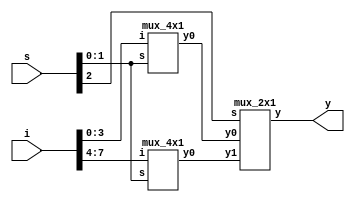
`timescale 1ns / 1ps

module mux8x1_4x1(
    output y,
    input [7:0]i,
    input [2:0]s
    );
    mux_4x1 m1(y0,i[3:0],s[1:0]);
    mux_4x1 m2(y1,i[7:4],s[1:0]);
    mux_2x1 m3(y,y0,y1,s[2]);
endmodule

module mux_4x1(
    output y0,
    input [3:0]i,
    input [1:0]s
    );
    wire w1,w2,a,b,c,d;
    
    not n1(w1,s[1]);
    not n2(w2,s[0]);
    and a1(a,w1,w2,i[0]);
    and a2(b,w1,s[0],i[1]);
    and a3(c,s[1],w2,i[2]);
    and a4(d,s[1],s[0],i[3]);
    or o1(y0,a,b,c,d);
endmodule

module mux_2x1(
    output y,
    input y0,y1,
    input s
    );
    wire w,a,b;

    not n1(w, s);
    and a1(a,w,y0);
    and a2(b,s,y1);
    or o1(y,a,b);
endmodule